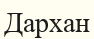
Дархан